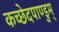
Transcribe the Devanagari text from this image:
कच्छेदपाण्डुम्